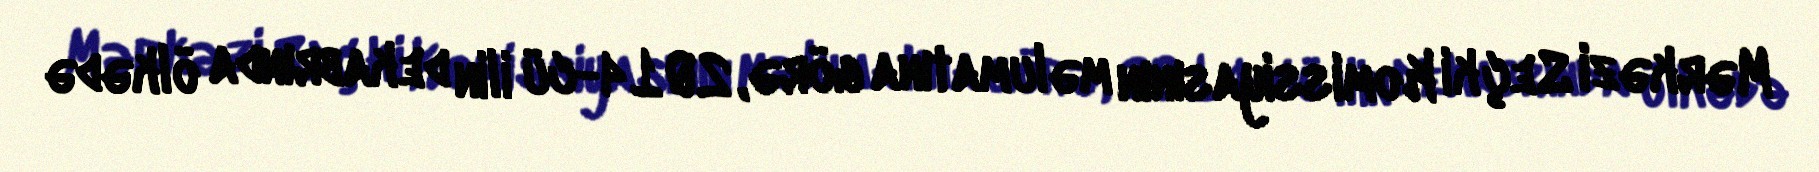
Mərkəzi Seçki Komissiyasının məlumatına görə, 2014-cü ilin dekabrında ölkədə